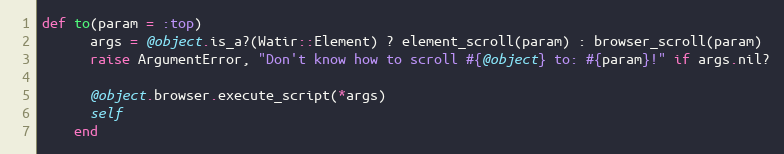
Language: Ruby
def to(param = :top)
      args = @object.is_a?(Watir::Element) ? element_scroll(param) : browser_scroll(param)
      raise ArgumentError, "Don't know how to scroll #{@object} to: #{param}!" if args.nil?

      @object.browser.execute_script(*args)
      self
    end